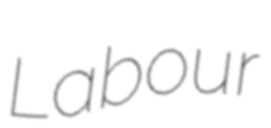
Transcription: Labour